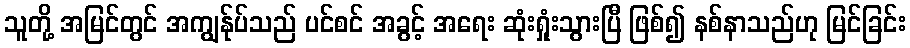
သူတို့ အမြင်တွင် အကျွန်ုပ်သည် ပင်စင် အခွင့် အရေး ဆုံးရှုံးသွားပြီ ဖြစ်၍ နစ်နာသည်ဟု မြင်ခြင်း